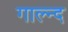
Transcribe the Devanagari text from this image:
गाल्न्द